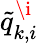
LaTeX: \tilde{q}_{k,i}^{\i}